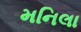
મનિલા